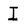
Character: I